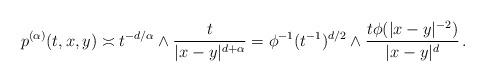
LaTeX: \begin{align*} p^{(\alpha)}(t,x,y)\asymp t^{-d/\alpha}\wedge \frac{t}{|x-y|^{d+\alpha}}=\phi^{-1}(t^{-1})^{d/2}\wedge \frac{t\phi(|x-y|^{-2})}{|x-y|^d}\,.\end{align*}